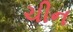
ચીન